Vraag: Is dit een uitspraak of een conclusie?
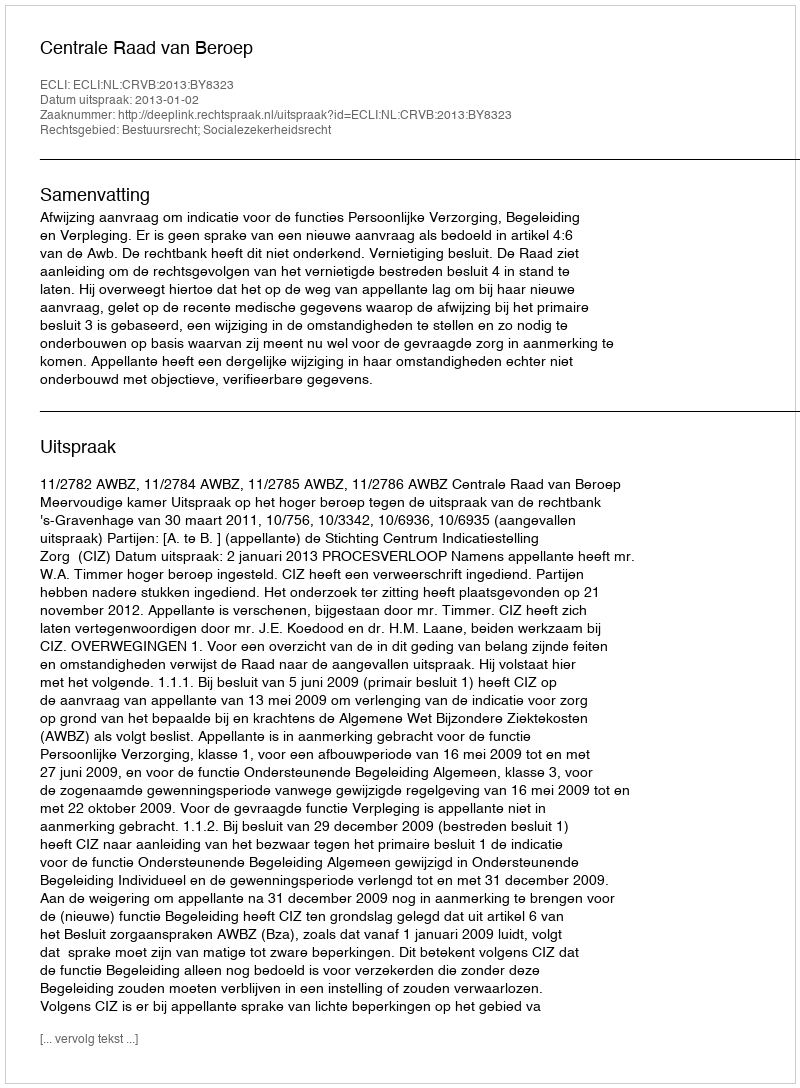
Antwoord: Uitspraak